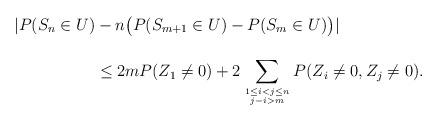
LaTeX: \begin{align*}| P( S_n \in U) &- n\big( P(S_{m+1} \in U) - P(S_m \in U)\big)|\vphantom{\sum_{1 \leq i < j \leq n}}\qquad\\&\leq 2 m P(Z_1 \neq 0) + 2 \sum_{\genfrac{}{}{0pt}{2}{1 \leq i < j \leq n}{j -i > m}} P(Z_i \neq 0, Z_j \neq 0).\end{align*}